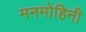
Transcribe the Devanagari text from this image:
मनमोहिनी